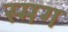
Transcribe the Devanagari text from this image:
स्मग